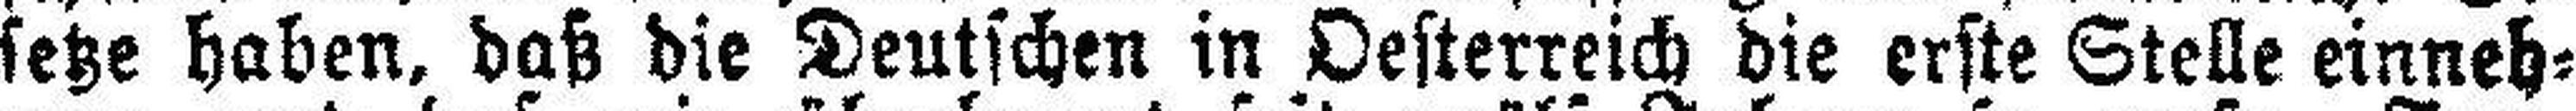
setze haben, daß die Deutschen in Oesterreich die erste Stelle einneh¬